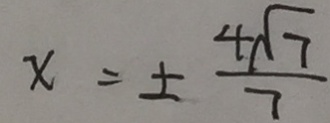
x = \pm \frac { 4 \sqrt { 7 } } { 7 }